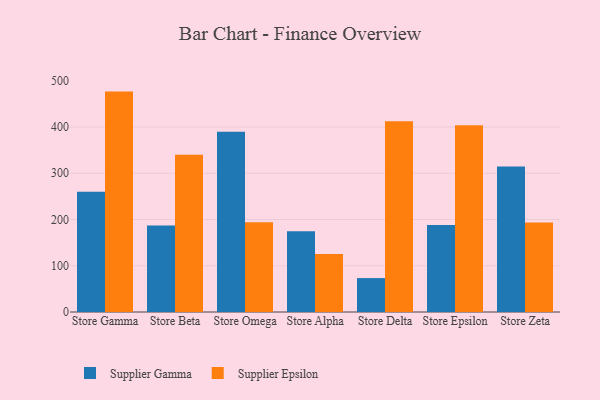
{"axis": {"x": "Store", "y": "Tickets Resolved"}, "legend": ["Supplier Epsilon", "Supplier Gamma"], "data": [{"x": "Store Gamma", "y": 260.1, "type": "Supplier Gamma"}, {"x": "Store Gamma", "y": 476.6, "type": "Supplier Epsilon"}, {"x": "Store Beta", "y": 186.9, "type": "Supplier Gamma"}, {"x": "Store Beta", "y": 339.9, "type": "Supplier Epsilon"}, {"x": "Store Omega", "y": 389.9, "type": "Supplier Gamma"}, {"x": "Store Omega", "y": 194.3, "type": "Supplier Epsilon"}, {"x": "Store Alpha", "y": 174.8, "type": "Supplier Gamma"}, {"x": "Store Alpha", "y": 125.5, "type": "Supplier Epsilon"}, {"x": "Store Delta", "y": 73.3, "type": "Supplier Gamma"}, {"x": "Store Delta", "y": 412.7, "type": "Supplier Epsilon"}, {"x": "Store Epsilon", "y": 188.4, "type": "Supplier Gamma"}, {"x": "Store Epsilon", "y": 403.8, "type": "Supplier Epsilon"}, {"x": "Store Zeta", "y": 314.6, "type": "Supplier Gamma"}, {"x": "Store Zeta", "y": 193.6, "type": "Supplier Epsilon"}]}